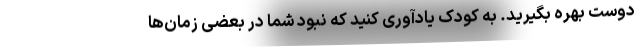
دوست بهره بگیرید. به کودک یادآوری کنید که نبود شما در بعضی زمان‌ها